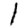
Digit: 1